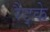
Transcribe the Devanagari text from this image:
रैट्के